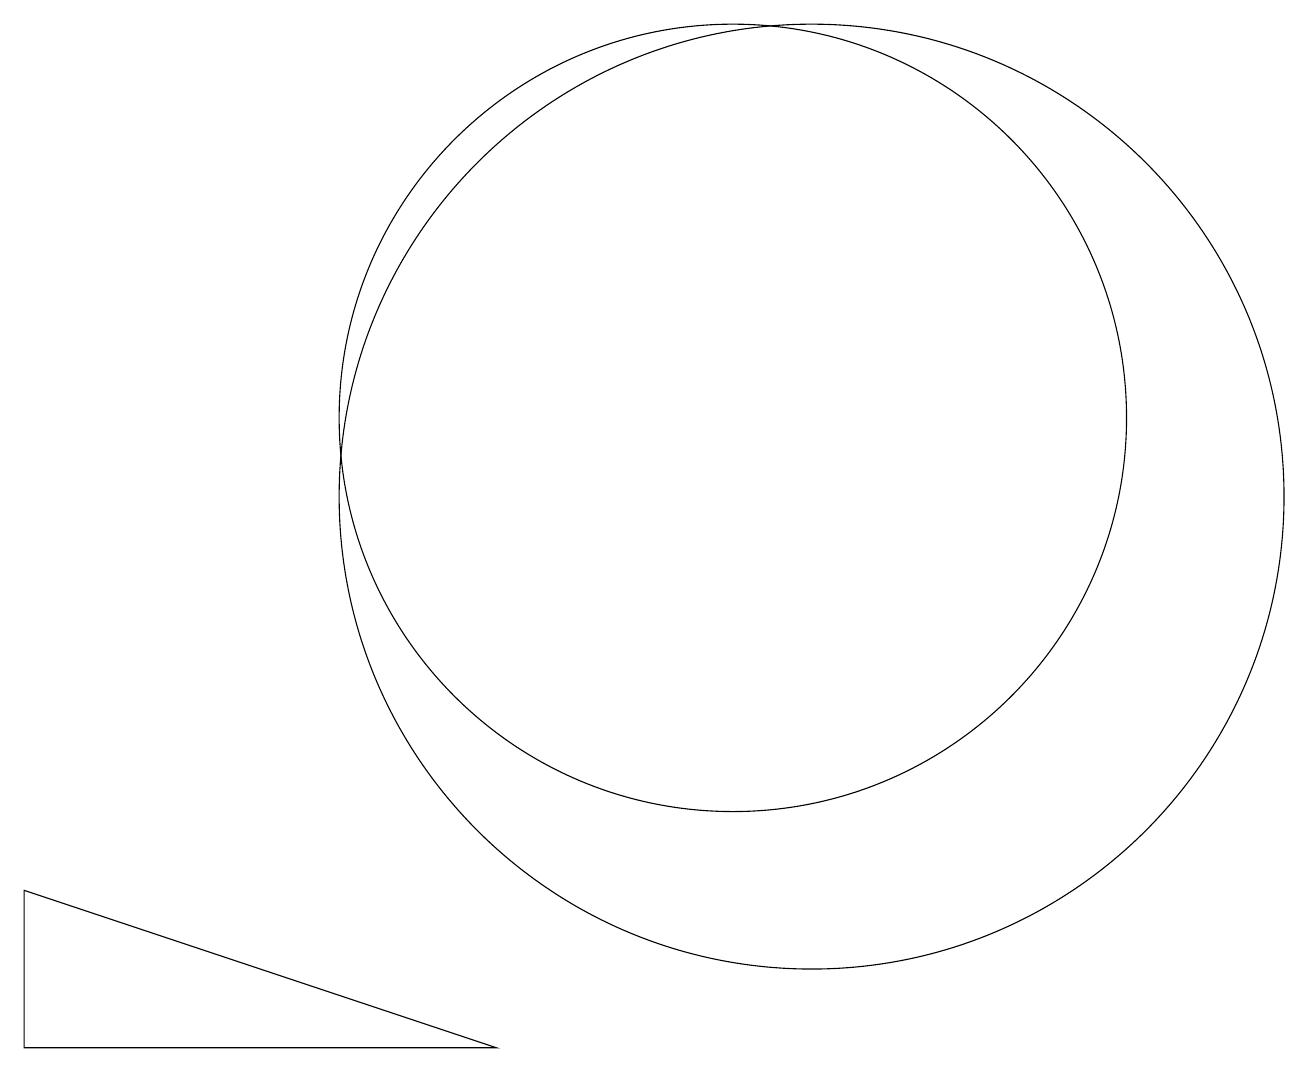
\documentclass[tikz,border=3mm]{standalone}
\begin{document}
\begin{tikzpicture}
\draw (10,11) circle (5);
\draw (1,3) -- (1,5) -- (7,3) -- cycle;
\draw (11,10) circle (6);
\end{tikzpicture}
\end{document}